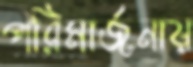
পরিমার্জনায়